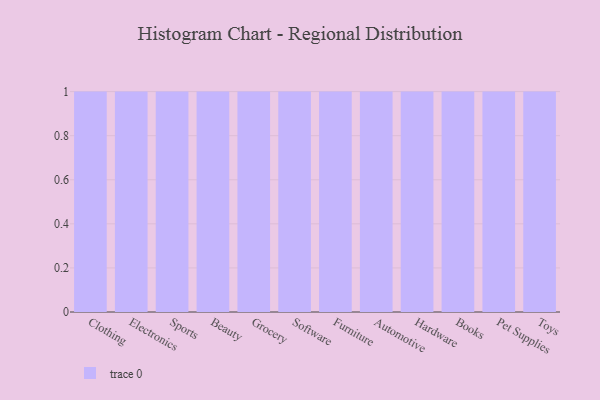
{"axis": {"x": "Category", "y": "Conversion Rate (%)"}, "legend": [""], "data": [{"x": "Clothing", "y": 20, "type": ""}, {"x": "Electronics", "y": 69, "type": ""}, {"x": "Sports", "y": 96, "type": ""}, {"x": "Beauty", "y": 14, "type": ""}, {"x": "Grocery", "y": 99, "type": ""}, {"x": "Software", "y": 47, "type": ""}, {"x": "Furniture", "y": 5, "type": ""}, {"x": "Automotive", "y": 67, "type": ""}, {"x": "Hardware", "y": 100, "type": ""}, {"x": "Books", "y": 21, "type": ""}, {"x": "Pet Supplies", "y": 20, "type": ""}, {"x": "Toys", "y": 6, "type": ""}]}